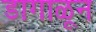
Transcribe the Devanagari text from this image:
डागाळून